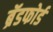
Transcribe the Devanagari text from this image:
ब्रॅडफोर्ड